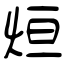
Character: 烜